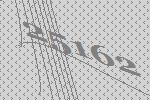
25162